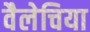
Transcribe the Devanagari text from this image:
वैलेचिया